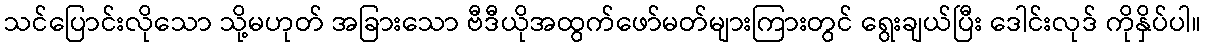
သင်ပြောင်းလိုသော သို့မဟုတ် အခြားသော ဗီဒီယိုအထွက်ဖော်မတ်များကြားတွင် ရွေးချယ်ပြီး ဒေါင်းလုဒ် ကိုနှိပ်ပါ။